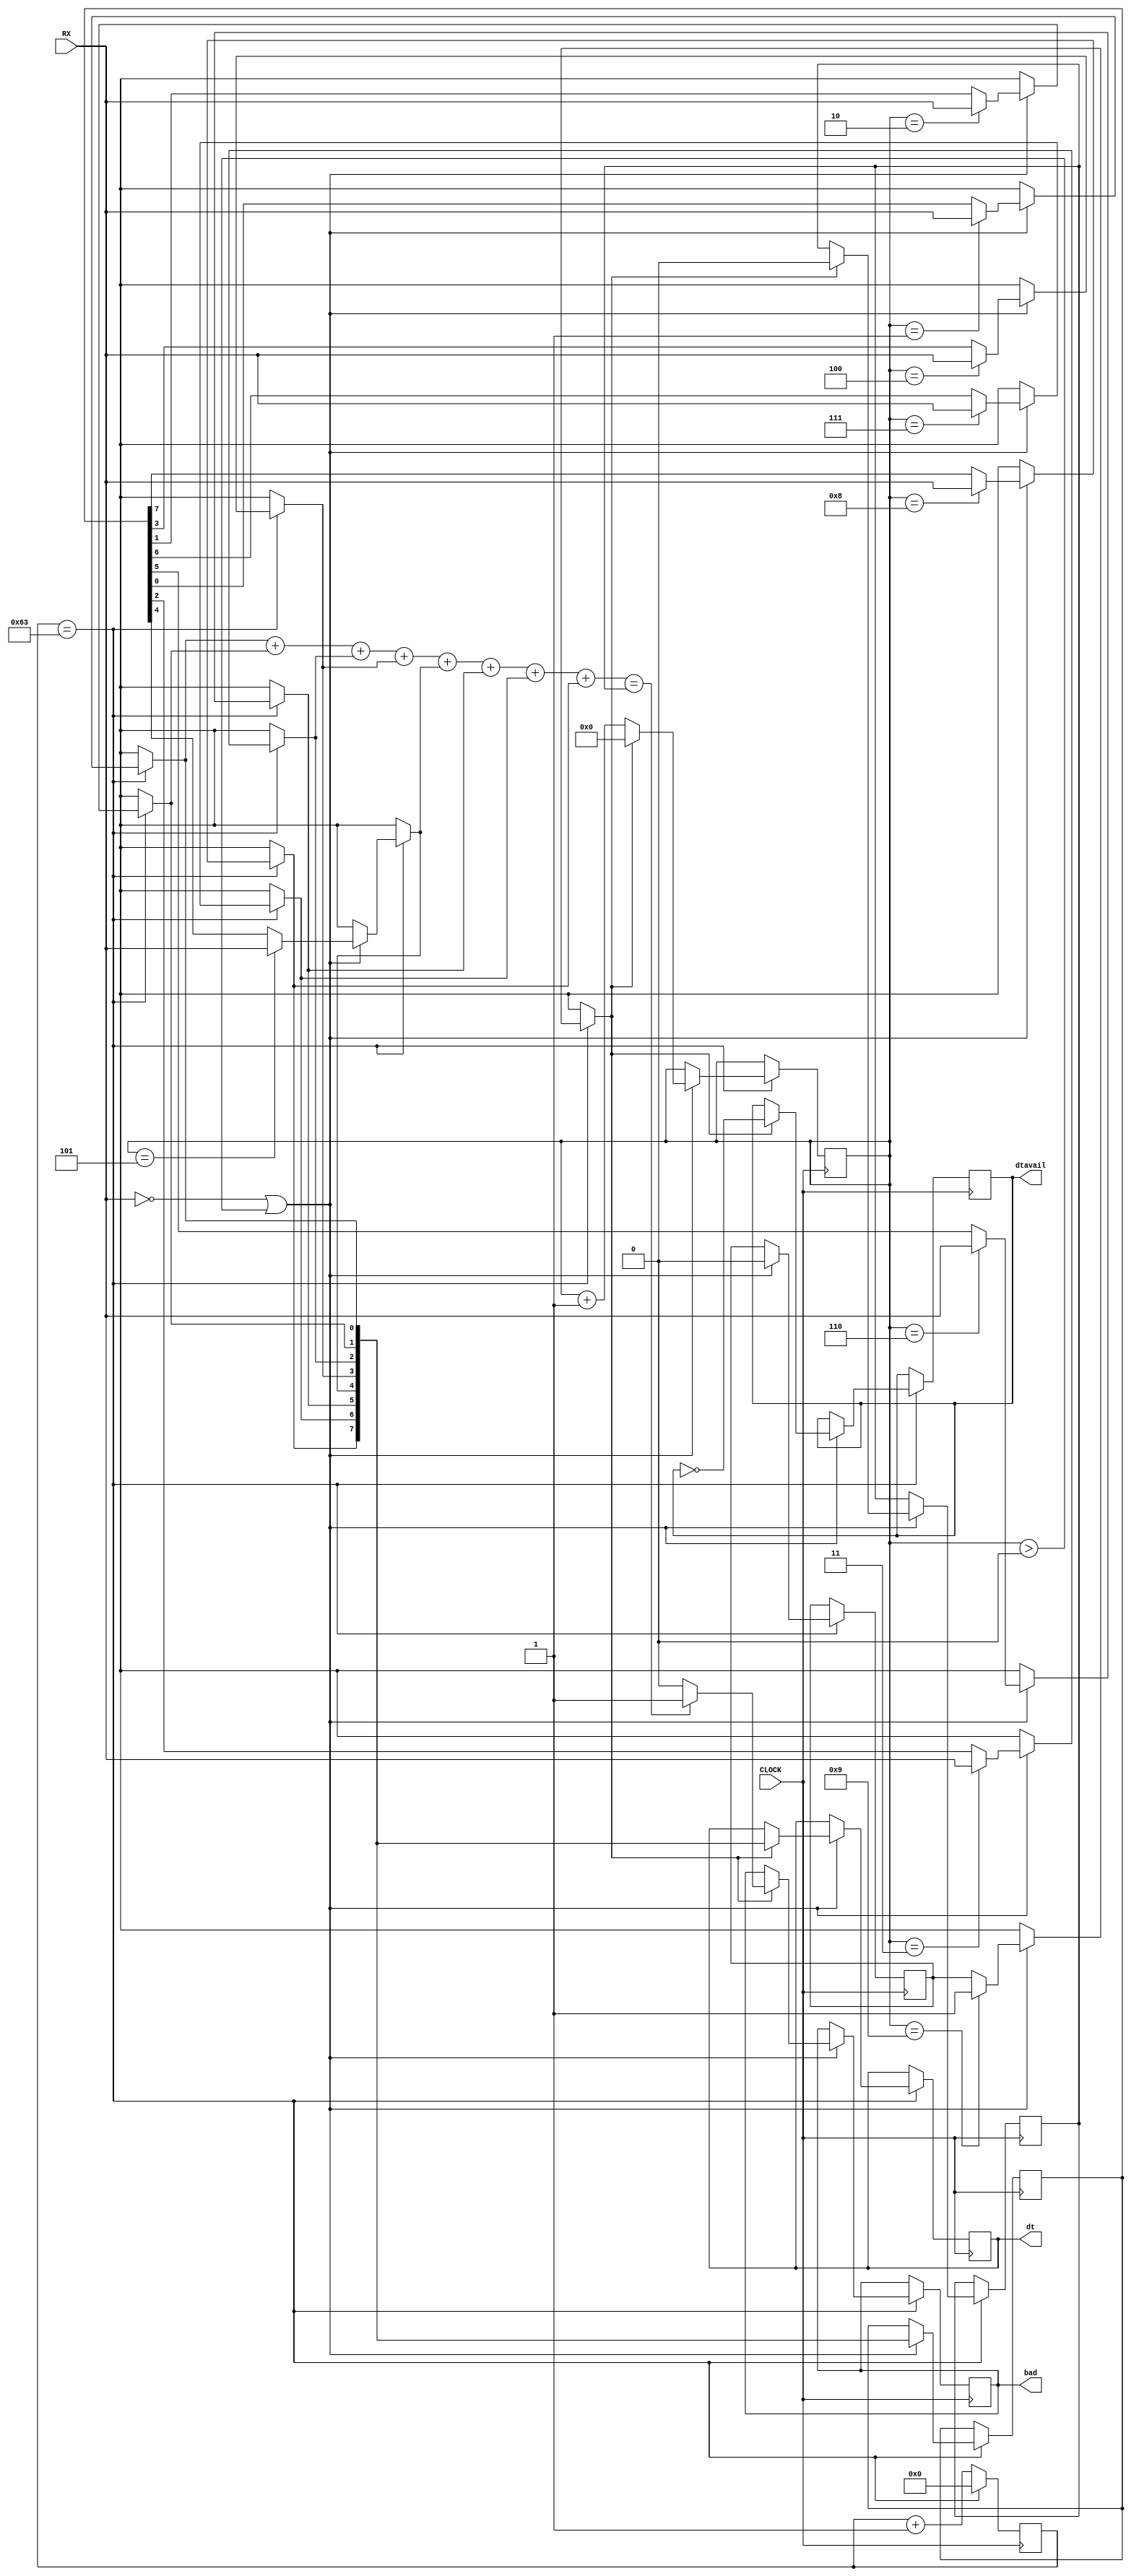
/////////////////////////////////////////////////////////////////////////////////////
//																											  //
//			UART data transmision driver. (DMA)  												  //
//---------------------------------------------------------------------------------//
//			Don't ever bother asking for help. (We are VERYY mean) (Just kidding)     //
//			You can mail us if you have any questions (cabrera@miamioh.edu) 			  //
//			or ask as in a lab				 														  //			
//																											  //
/////////////////////////////////////////////////////////////////////////////////////


module UARTold(CLOCK,RX,dt,dtavail,bad);
	
	output [7:0]dt;
	reg [7:0]dt;
	
	output dtavail;
	reg dtavail;
	
	input CLOCK;	
	input RX;
	
	output bad;
	reg bad;
		
	reg [19:0]downClocker;
	
		reg start;
		reg parityCount;
	reg [7:0]data;

	reg parity;
	reg stop;
		
	reg [3:0]position;
	
	always @ (posedge CLOCK)
	begin	
	
		if(downClocker==20'd99)
		begin
			if(!RX || position>0)
			begin
				case (position)
				4'd0:
				begin	
					start=1;
				end
				4'd1:
				begin
					data[0]=RX;
				end
				4'd2:
				begin
					data[1]=RX;
				end
				4'd3:
				begin
					data[2]=RX;
				end
				4'd4:
				begin
					data[3]=RX;
				end
				4'd5:
				begin
					data[4]=RX;
				end
				4'd6:
				begin
					data[5]=RX;
				end
				4'd7:
				begin
					data[6]=RX;
				end
				4'd8:
				begin
					data[7]=RX;
				end
				/*4'd9:
				begin
					parity=RX;
				end	*/			
				4'd9:
				begin
					stop=1;
				end
				endcase		
				
				position=position+1;	
				
				if(stop==1)
				begin			
					
					parityCount=data[0]+data[1]+data[2]+data[3]+data[4]+data[5]+data[6]+data[7];
					
					if(parityCount==parity)
					begin					
						bad=1'b1;
					end
					else
					begin
						bad=1'b0;
					end
					
					dt=data;
					
					dtavail=!dtavail;
					
					start=0;
					stop=0;
					parity=0;
					position=0;
					
					
				end	
			end
			downClocker=20'b0;
		end
		else
		begin
			downClocker=downClocker+20'b1;
		end
		
	
	
	end
endmodule